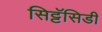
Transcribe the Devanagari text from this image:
सिट्टॅसिडी